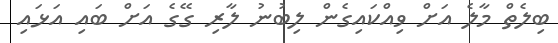
ބިލެތް މާލެ އަށް ވިއްކައިގެން ލިބުނު ލާރި ގޭގެ އަށް ބައި އަޅައި